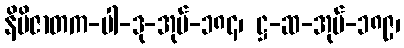
နိမိဇာတက-ပါ-ဒု-အုပ်-၁၈၄၊ ဋ္ဌ-ဆ-အုပ်-၁၈၉၊